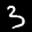
Label: 3